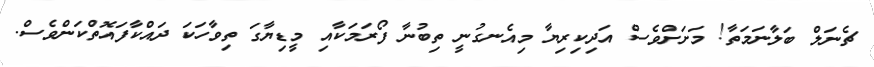
ޗެނަލް ބަލާނަމަތާ! މަށަށްވެސް އަދިކިރިޔާ މިއެނގުނީ ތިބުނާ ފޯރަމަކާއި މީޑިޔާގަ ތިވާހަކަ ދައްކާފައޮތްކަންވެސް.